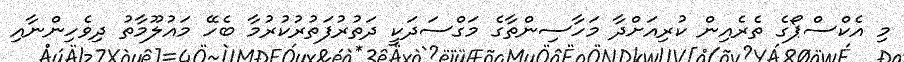
މި އެކްސްޕޯގެ ތެރެއިން ކުރިއަށްދާ މަހާސިންތާގެ މަގްސަދަކީ ދަތުރުފަތުރުކުރުމާ ބެހޭ މައުލޫމާތު ދިވެހިންނާއި